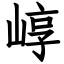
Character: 崞